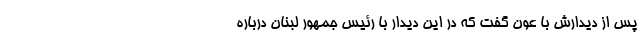
پس از دیدارش با عون گفت که در این دیدار با رئیس جمهور لبنان درباره